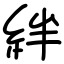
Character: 絆